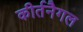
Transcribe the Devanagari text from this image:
कीर्तनैगल